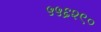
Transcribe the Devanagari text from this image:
५५६२९०